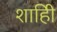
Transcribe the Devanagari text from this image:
शाहीि